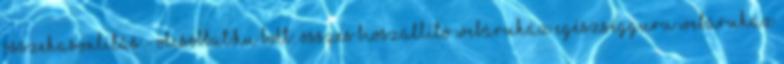
összehasonlítás - Olcsóbbat.hu Bolt: összes Bioszállító Webáruház Egészségguru Webáruház